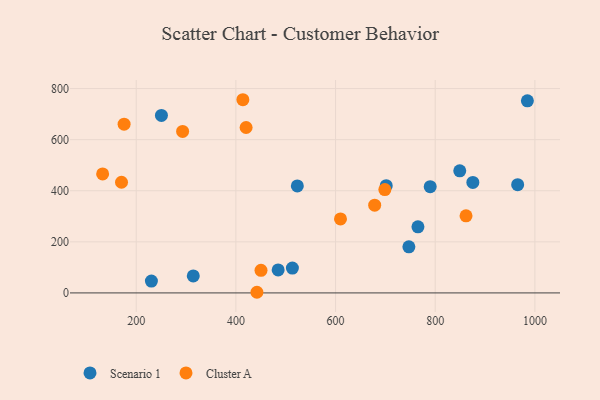
{"axis": {"x": "Speed", "y": "Yield"}, "legend": ["Cluster A", "Scenario 1"], "data": [{"x": "230.5", "y": 46.5, "type": "Scenario 1"}, {"x": "484.8", "y": 90.1, "type": "Scenario 1"}, {"x": "984.9", "y": 752.0, "type": "Scenario 1"}, {"x": "875.5", "y": 432.6, "type": "Scenario 1"}, {"x": "701.7", "y": 419.7, "type": "Scenario 1"}, {"x": "789.9", "y": 416.1, "type": "Scenario 1"}, {"x": "849.2", "y": 477.8, "type": "Scenario 1"}, {"x": "523.3", "y": 418.8, "type": "Scenario 1"}, {"x": "747.1", "y": 180.4, "type": "Scenario 1"}, {"x": "250.6", "y": 695.0, "type": "Scenario 1"}, {"x": "314.5", "y": 66.4, "type": "Scenario 1"}, {"x": "513.4", "y": 97.1, "type": "Scenario 1"}, {"x": "765.3", "y": 258.8, "type": "Scenario 1"}, {"x": "965.4", "y": 423.8, "type": "Scenario 1"}, {"x": "678.5", "y": 343.3, "type": "Cluster A"}, {"x": "293.1", "y": 632.2, "type": "Cluster A"}, {"x": "132.6", "y": 465.9, "type": "Cluster A"}, {"x": "442.2", "y": 2.5, "type": "Cluster A"}, {"x": "698.9", "y": 404.4, "type": "Cluster A"}, {"x": "175.7", "y": 660.4, "type": "Cluster A"}, {"x": "170.5", "y": 433.3, "type": "Cluster A"}, {"x": "450.4", "y": 88.5, "type": "Cluster A"}, {"x": "414.0", "y": 756.3, "type": "Cluster A"}, {"x": "609.9", "y": 289.6, "type": "Cluster A"}, {"x": "861.8", "y": 301.9, "type": "Cluster A"}, {"x": "420.5", "y": 647.6, "type": "Cluster A"}]}